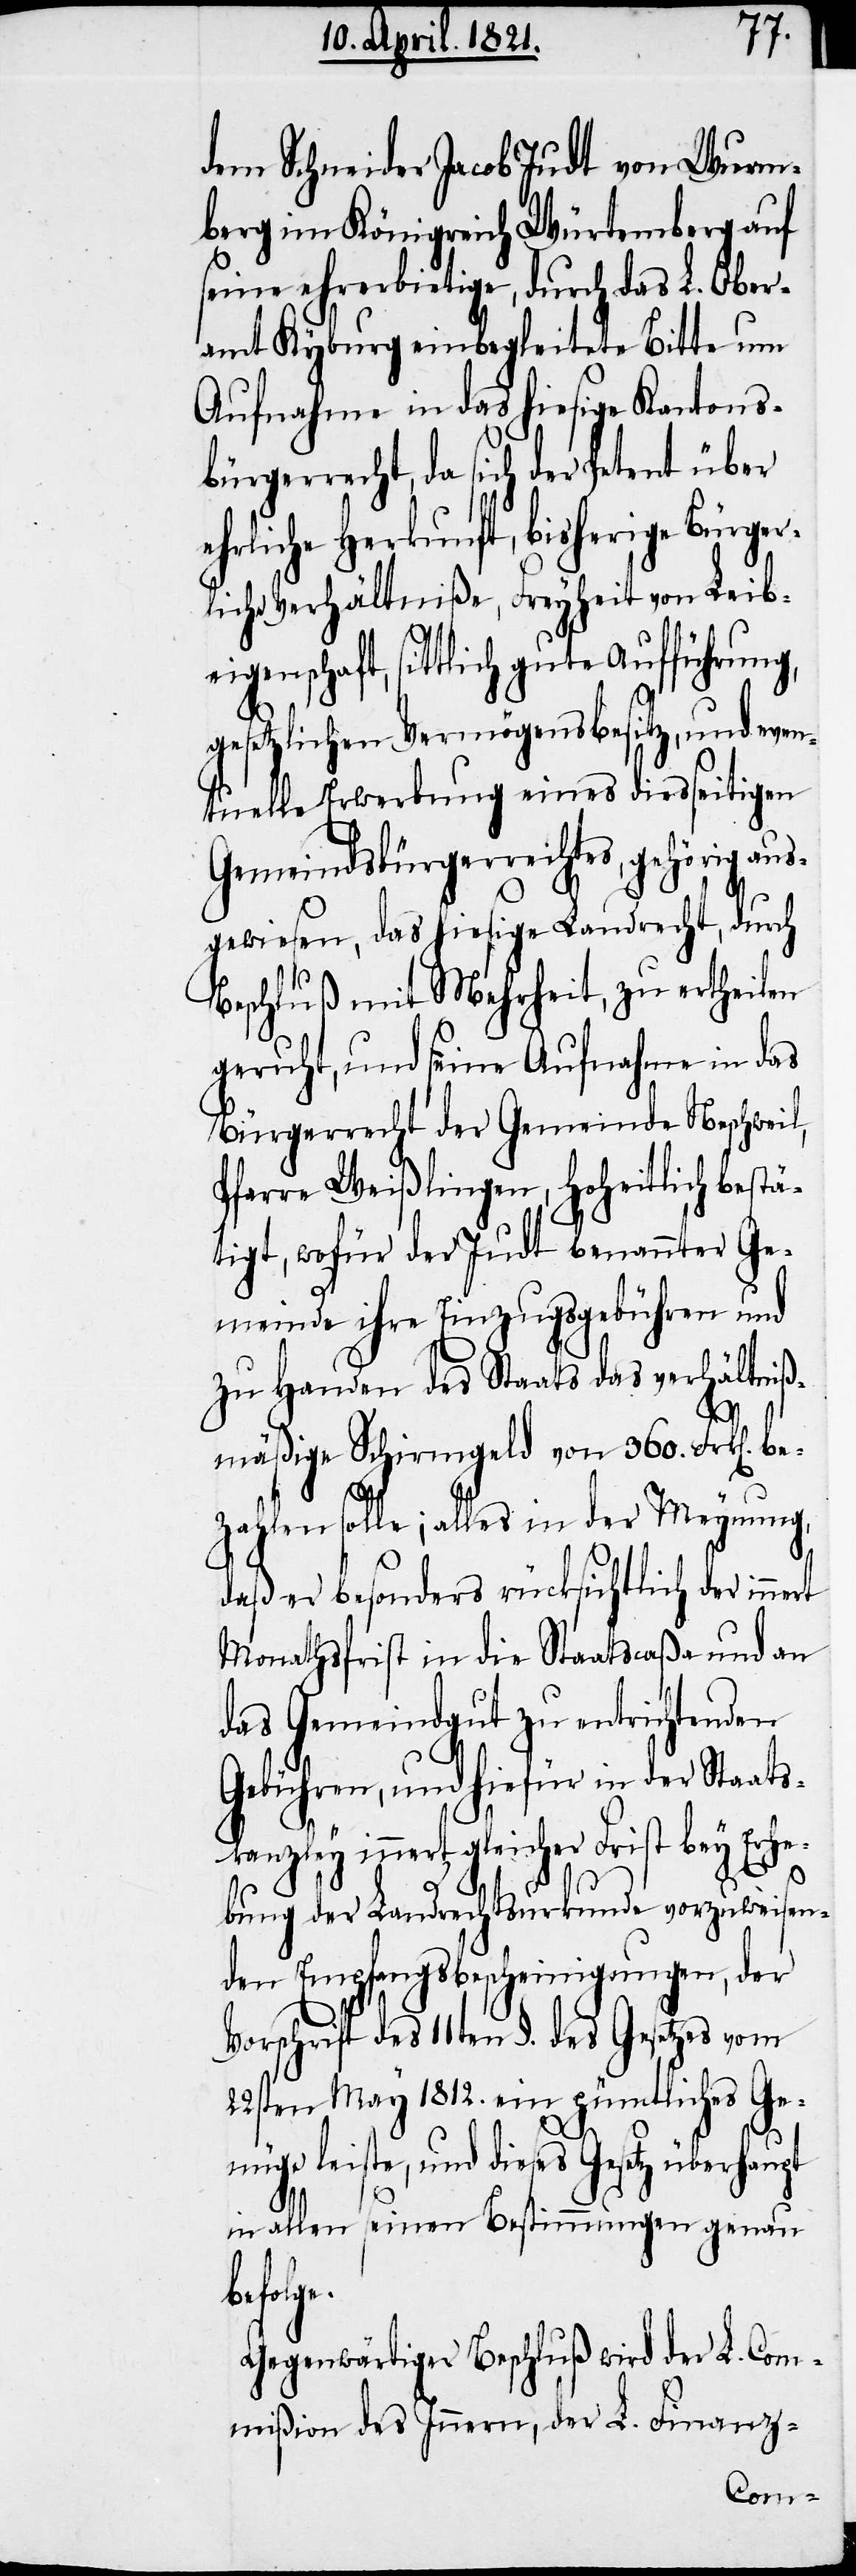
dem Schneider Jacob Judt von Wurm¬
berg im Königreich Würtemberg auf
seine ehrerbietige, durch das L. Ober¬
amt Kyburg einbegleitete Bitte um
Aufnahme in das hiesige Kantons¬
bürgerrecht, da sich der Petent über
ehrliche Herkunft, bisherige Bürger¬
liche Verhältniße, Freyheit von Leibe¬
igenschaft, sittlich gute Aufführung,
gesetzlichen Vermögensbesitz, und even¬
tuelle Erwerbung eines diesseitigen
Gemeindsbürgerrechtes, gehörig aus¬
gewiesen, das hiesige Landrecht, durch
Beschluß mit Mehrheit, zu ertheilen
geruht, und seine Aufnahme in das
Bürgerrecht der Gemeinde Neschweil,
Pfarre Weißlingen, hoheitlich bestä¬
tigt, wofür der Judt benannter Ge¬
meinde ihre Einzugsgebühren und
zu Handen des Staats das verhältniß¬
rt
mäßige Schirmgeld von 360. Frk[e¬
zahlen solle; alles in der Meynung,
daß er besonders rücksichtlich der inne¬
Monathsfrist in die Staatscaßa und an
das Gemeindgut zu entrichtenden
Gebühren, und hiefür in der Staats¬
kanzley innert gleicher Frist bey Erhe¬
bung der Landrechtsurkunde vorzuweisen¬
den Empfangsbescheinigungen, der
Vorschrift des 11ten §. des Gesetzes vom
22sten May 1812. ein pünctliches Ge¬
nüge leiste, und dieses Gesetz
in allen seinen Bestimmungen genau
folge.
Gegenwärtiger Beschluß wird der L. Com¬
mißion des Innern, der L. Finanz-